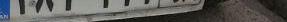
۲۸م۳۷۷۹۸